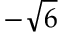
- \sqrt { 6 }